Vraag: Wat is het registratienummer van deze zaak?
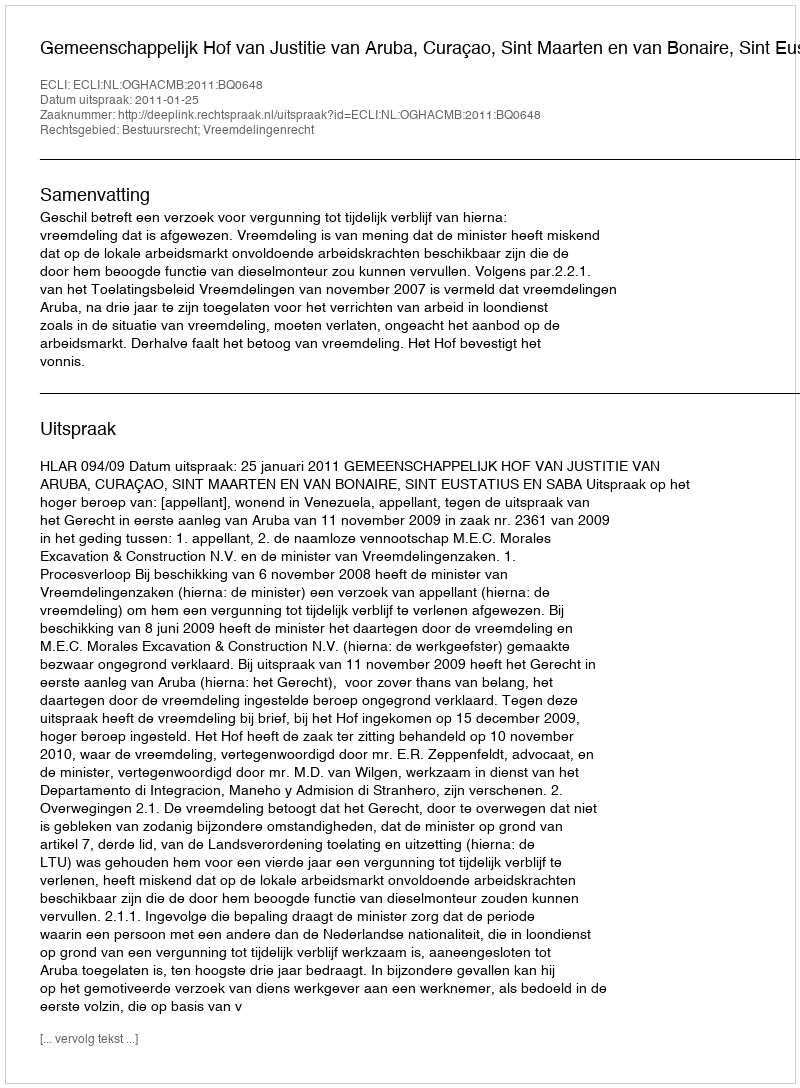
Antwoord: http://deeplink.rechtspraak.nl/uitspraak?id=ECLI:NL:OGHACMB:2011:BQ0648